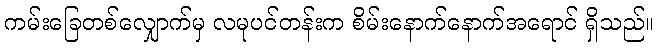
ကမ်းခြေတစ်လျှောက်မှ လမုပင်တန်းက စိမ်းနောက်နောက်အရောင် ရှိသည်။